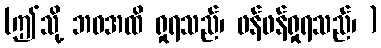
(ဤသို့ ဘဝအထိ ရှုရသည်၊ ဖန်ဖန်ရှုရသည်၊ )